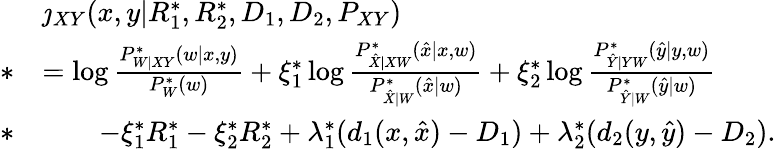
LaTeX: \begin{array}{rl}&{\jmath_{XY}(x,y|R_{1}^{*},R_{2}^{*},D_{1},D_{2},P_{XY})}\\ {*}&{=\log\frac{P_{W|XY}^{*}(w|x,y)}{P_{W}^{*}(w)}+\xi_{1}^{*}\log\frac{P_{\hat{X}|XW}^{*}(\hat{x}|x,w)}{P_{\hat{X}|W}^{*}(\hat{x}|w)}+\xi_{2}^{*}\log\frac{P_{\hat{Y}|YW}^{*}(\hat{y}|y,w)}{P_{\hat{Y}|W}^{*}(\hat{y}|w)}}\\ {*}&{\qquad-\xi_{1}^{*}R_{1}^{*}-\xi_{2}^{*}R_{2}^{*}+\lambda_{1}^{*}(d_{1}(x,\hat{x})-D_{1})+\lambda_{2}^{*}(d_{2}(y,\hat{y})-D_{2}).}\end{array}